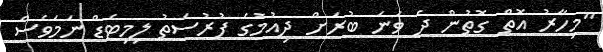
"މިހާރު އޮތް ގޮތުން ދެ ވަނަ ބުރަށް ދިއުމުގެ ފުރުސަތު ލިމިޓެޑް ނަމަވެސް